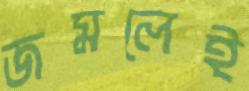
জমলেই